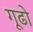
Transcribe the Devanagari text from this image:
गूढो